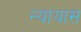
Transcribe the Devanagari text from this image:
न्यायास